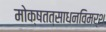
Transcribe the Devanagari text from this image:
मोक्षतत्साधनविमर्श